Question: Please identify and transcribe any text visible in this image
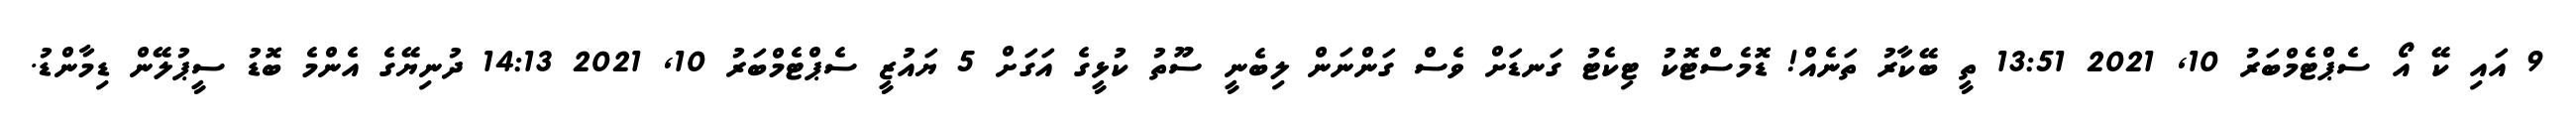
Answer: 9 އައި ކޭ އޯ ސެޕްޓެމްބަރު 10, 2021 13:51 ތީ ބޭކާރު ތަނެއް! ޑޮމެސްޓޮކު ޓިކެޓު ގަނޑަށް ވެސް ގަންނަން ލިބެނީ ސޫތު ކުޅީގެ އަގަށް 5 ޔައުޒީ ސެޕްޓެމްބަރު 10, 2021 14:13 ދުނިޔޭގެ އެންމެ ބޮޑު ސީޕުލޭން ޑިމާންޑު.